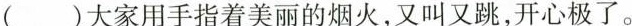
()大家用手指着美丽的烟火，又叫又跳，开心极了。